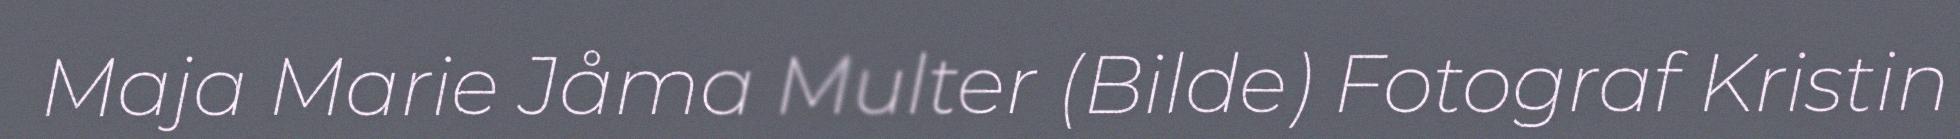
Maja Marie Jåma Multer (Bilde) Fotograf Kristin